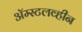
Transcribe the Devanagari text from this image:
ॲम्स्टलव्हीन